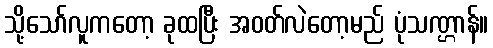
သို့သော်လူကတော့ ခုထပြီး အဝတ်လဲတော့မည် ပုံသဏ္ဌာန်။